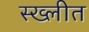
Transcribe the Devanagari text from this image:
स्ख्लीत